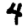
Digit: 4